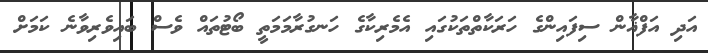
އަދި އަފްޣާން ސިފައިންގެ ހަރަކާތްތަކުގައި އެމެރިކާގެ ހަނގުރާމަމަތީ ބޯޓުތައް ވެސް ބައިވެރިވާނެ ކަމަށް